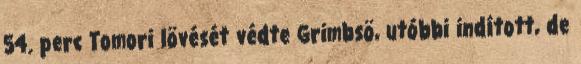
54. perc Tomori lövését védte Grimbsö, utóbbi indított, de